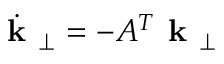
\dot { \textbf { k } } _ { \perp } = - A ^ { T } \textbf { k } _ { \perp }